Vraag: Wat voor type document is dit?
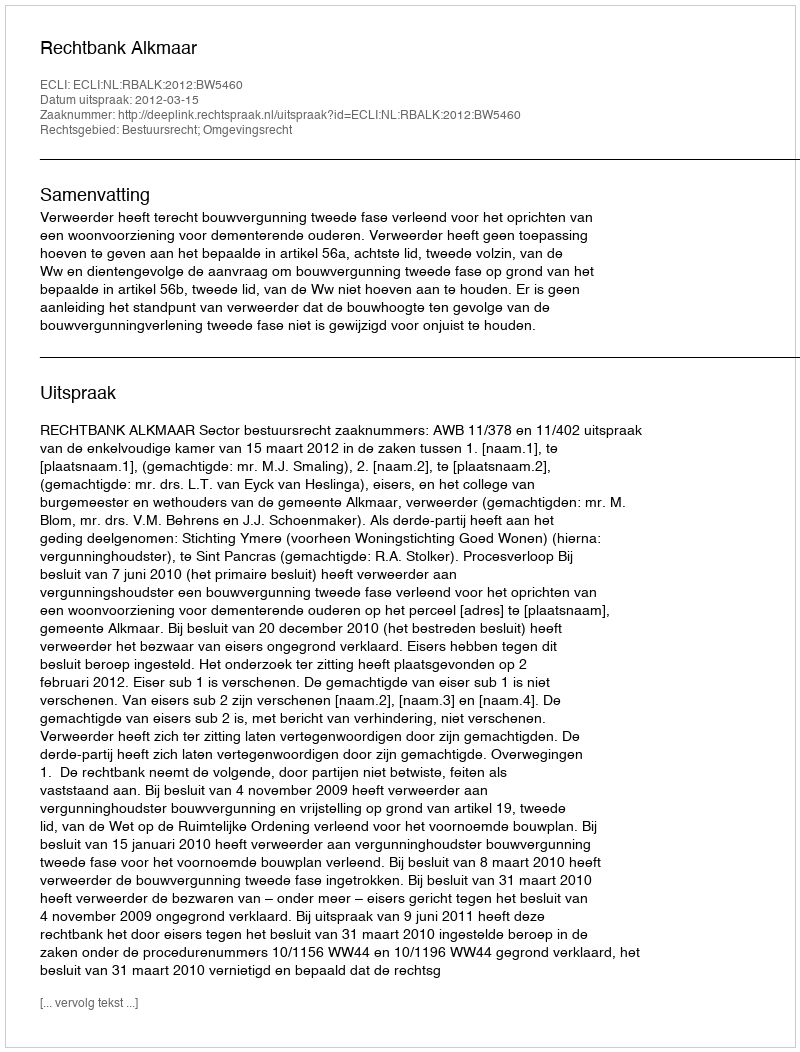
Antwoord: Uitspraak